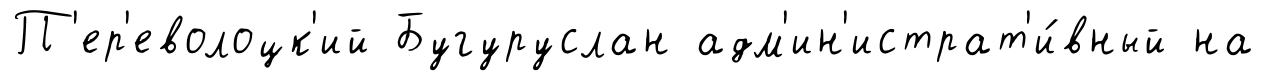
П'ер'еволоцк'ий Бугуруслан адм'ин'истрат'и́вный на